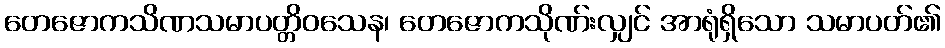
တေဇောကသိဏသမာပတ္တိဝသေန၊ တေဇောကသိုဏ်းလျှင် အာရုံရှိသော သမာပတ်၏